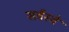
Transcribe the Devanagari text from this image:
सर्वस्वे